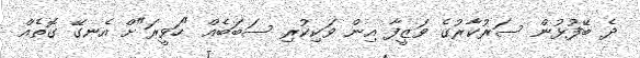
ދެ ބޭފުޅުން ސަރުކާރުގެ ވަޒީފާ އިން ވަކިކުރި ސަބަބެއް "ހަވީރަ"ށް އެނގޭ ގޮތެއް